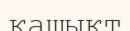
қашықт